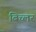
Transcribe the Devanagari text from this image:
बिच्लर